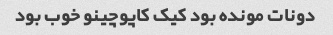
دونات مونده بود کیک کاپوچینو خوب بود